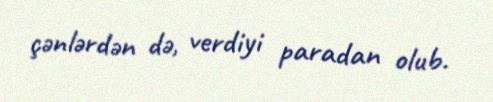
çənlərdən də, verdiyi paradan olub.